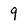
Character: 9